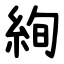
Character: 絢